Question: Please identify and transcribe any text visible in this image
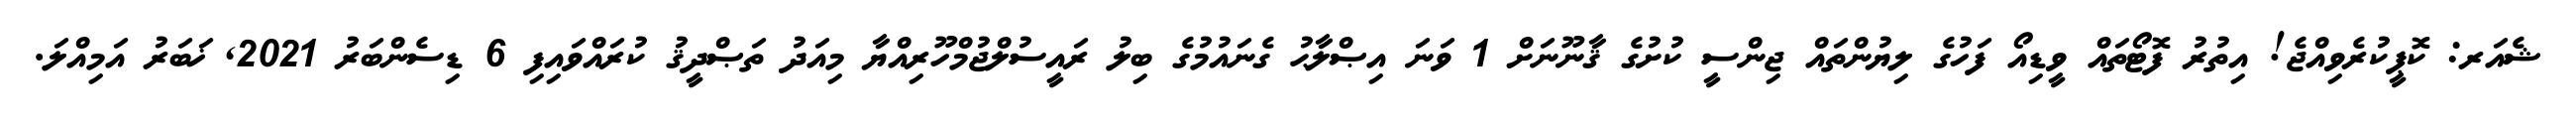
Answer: ޝެއަރ: ކޮޕީކުރެވިއްޖެ! އިތުރު ފޮޓޯތައް ވީޑިއޯ ފަހުގެ ލިޔުންތައް ޖިންސީ ކުށުގެ ޤާނޫނަށް 1 ވަނަ އިޞްލާޙު ގެނައުމުގެ ބިލު ރައީސުލްޖުމްހޫރިއްޔާ މިއަދު ތަޞްދީޤު ކުރައްވައިފި 6 ޑިސެންބަރު 2021, ޚަބަރު އަމިއްލަ.